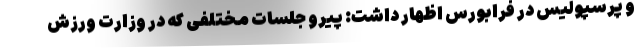
و پرسپولیس در فرابورس اظهار داشت: پیرو جلسات مختلفی که در وزارت ورزش